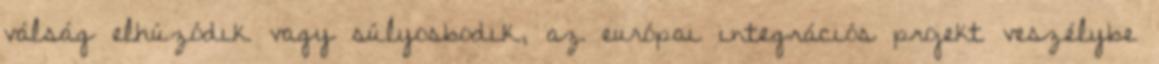
válság elhúzódik vagy súlyosbodik, az európai integrációs projekt veszélybe